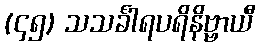
(၄၅) သသင်္ခါရပရိနိဗ္ဗာယီ